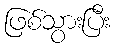
ဖြစ်သွားပြီး